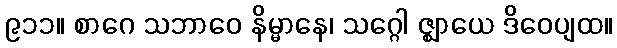
၉၁၁။ စာဂေ သဘာဝေ နိမ္မာနေ၊ သဂ္ဂေါ ဇ္ဈာယေ ဒိဝေပျထ။